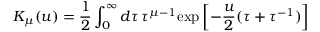
K _ { \mu } ( u ) = \frac 1 2 \int _ { 0 } ^ { \infty } d \tau \, \tau ^ { \mu - 1 } \mathrm { e x p } \left[ - \frac u 2 ( \tau + \tau ^ { - 1 } ) \right]